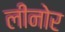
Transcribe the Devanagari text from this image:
लीनोर